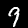
Label: 9